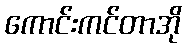
ကောင်းကင်တာအို